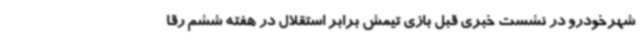
شهرخودرو در نشست خبری قبل بازی تیمش برابر استقلال در هفته ششم رقا